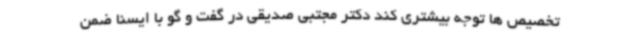
تخصیص ها توجه بیشتری کند دکتر مجتبی صدیقی در گفت و گو با ایسنا ضمن